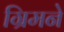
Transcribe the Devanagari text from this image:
ग्रिमने